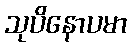
သုပိနောပမာ